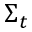
\Sigma _ { t }